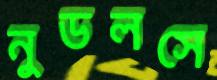
নুডলসে